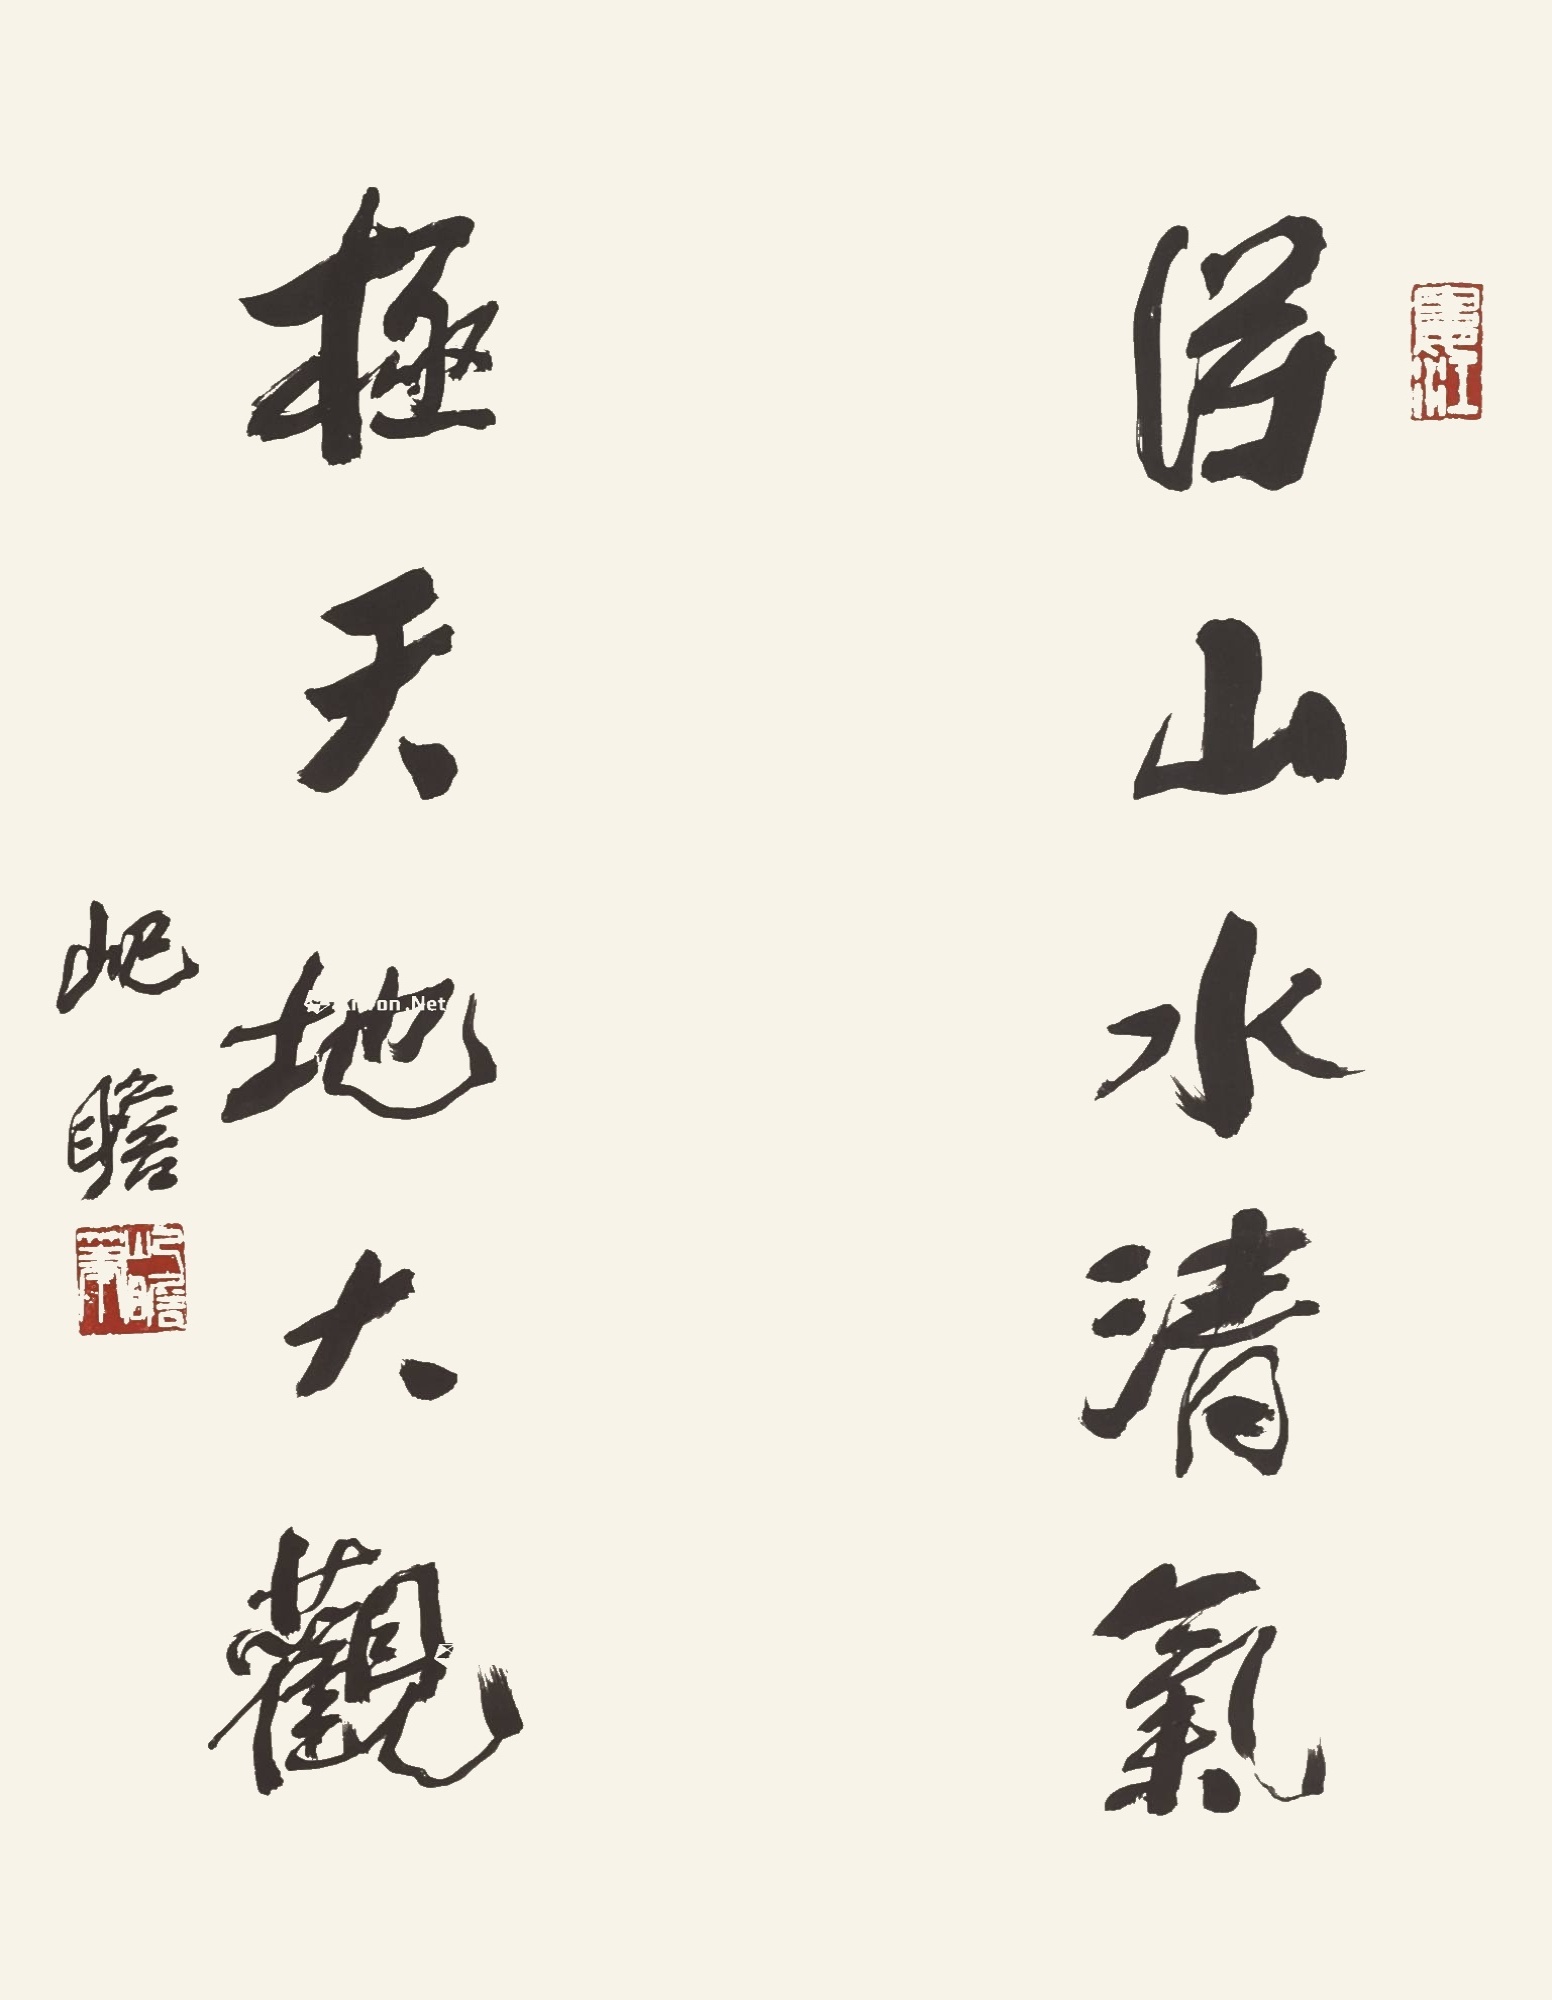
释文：得山水清气，极天地大观。屺瞻。